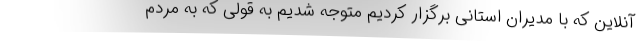
آنلاین که با مدیران استانی برگزار کردیم متوجه شدیم به قولی که به مردم